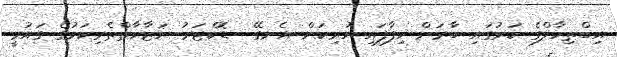
އިބްތިހާލްގެ ކަރުގައި ބާރަށް ހިފާފައި ހުރިކަން އެނގޭ  ޑޮކްޓަރު ނަޒާހާތްތެރިކަމުގެ ގައުމީ